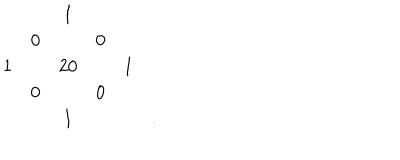
\begin{array} { c c c c c c } { { } } & { { } } & { { 1 } } & { { } } & { { } } & { { } } \\ { { } } & { { 0 } } & { { } } & { { 0 } } & { { } } & { { } } \\ { { 1 } } & { { } } & { { 2 0 } } & { { } } & { { 1 } } & { { } } \\ { { } } & { { 0 } } & { { } } & { { 0 } } & { { } } & { { } } \\ { { } } & { { } } & { { 1 } } & { { } } & { { } } & { { . } } \\ \end{array}